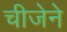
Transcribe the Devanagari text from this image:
चीजेने